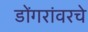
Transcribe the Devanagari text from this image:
डोंगरांवरचे